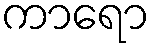
ကာရော